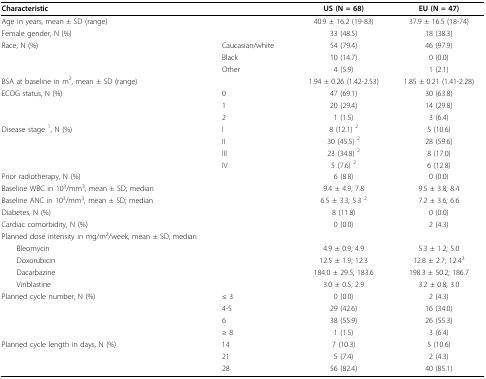
<table><thead><tr><td colspan="2"><b>Characteristic</b></td><td><b>US (N = 68)</b></td><td><b>EU (N = 47)</b></td></tr></thead><tbody><tr><td colspan="2">Age in years, mean ± SD (range)</td><td>40.9 ± 16.2 (19-83)</td><td>37.9 ± 16.5 (18-74)</td></tr><tr><td colspan="2">Female gender, N (%)</td><td>33 (48.5)</td><td>18 (38.3)</td></tr><tr><td>Race, N (%)</td><td>Caucasian/white</td><td>54 (79.4)</td><td>46 (97.9)</td></tr><tr><td></td><td>Black</td><td>10 (14.7)</td><td>0 (0.0)</td></tr><tr><td></td><td>Other</td><td>4 (5.9)</td><td>1 (2.1)</td></tr><tr><td colspan="2">BSA at baseline in m<sup>2</sup>, mean ± SD (range)</td><td>1.94 ± 0.26 (1.42-2.53)</td><td>1.85 ± 0.21 (1.41-2.28)</td></tr><tr><td>ECOG status, N (%)</td><td>0</td><td>47 (69.1)</td><td>30 (63.8)</td></tr><tr><td></td><td>1</td><td>20 (29.4)</td><td>14 (29.8)</td></tr><tr><td></td><td>2</td><td>1 (1.5)</td><td>3 (6.4)</td></tr><tr><td>Disease stage <sup>1</sup>, N (%)</td><td>I</td><td>8 (12.1) <sup>2</sup></td><td>5 (10.6)</td></tr><tr><td></td><td>II</td><td>30 (45.5) <sup>2</sup></td><td>28 (59.6)</td></tr><tr><td></td><td>III</td><td>23 (34.8) <sup>2</sup></td><td>8 (17.0)</td></tr><tr><td></td><td>IV</td><td>5 (7.6) <sup>2</sup></td><td>6 (12.8)</td></tr><tr><td colspan="2">Prior radiotherapy, N (%)</td><td>6 (8.8)</td><td>0 (0.0)</td></tr><tr><td colspan="2">Baseline WBC in 10<sup>3</sup>/mm<sup>3</sup>, mean ± SD; median</td><td>9.4 ± 4.9; 7.8</td><td>9.5 ± 3.8; 8.4</td></tr><tr><td colspan="2">Baseline ANC in 10<sup>3</sup>/mm<sup>3</sup>, mean ± SD; median</td><td>6.5 ± 3.3; 5.3 <sup>2</sup></td><td>7.2 ± 3.6; 6.6</td></tr><tr><td colspan="2">Diabetes, N (%)</td><td>8 (11.8)</td><td>0 (0.0)</td></tr><tr><td colspan="2">Cardiac comorbidity, N (%)</td><td>0 (0.0)</td><td>2 (4.3)</td></tr><tr><td>Planned dose intensity in mg/m<sup>2</sup>/week, mean ± SD; median</td><td></td><td></td><td></td></tr><tr><td> Bleomycin</td><td></td><td>4.9 ± 0.9; 4.9</td><td>5.3 ± 1.2; 5.0</td></tr><tr><td> Doxorubicin</td><td></td><td>12.5 ± 1.9; 12.3</td><td>12.8 ± 2.7; 12.4<sup>3</sup></td></tr><tr><td> Dacarbazine</td><td></td><td>184.0 ± 29.5; 183.6</td><td>198.3 ± 50.2; 186.7</td></tr><tr><td> Vinblastine</td><td></td><td>3.0 ± 0.5; 2.9</td><td>3.2 ± 0.8; 3.0</td></tr><tr><td>Planned cycle number, N (%)</td><td>≤ 3</td><td>0 (0.0)</td><td>2 (4.3)</td></tr><tr><td></td><td>4-5</td><td>29 (42.6)</td><td>16 (34.0)</td></tr><tr><td></td><td>6</td><td>38 (55.9)</td><td>26 (55.3)</td></tr><tr><td></td><td>≥ 8</td><td>1 (1.5)</td><td>3 (6.4)</td></tr><tr><td>Planned cycle length in days, N (%)</td><td>14</td><td>7 (10.3)</td><td>5 (10.6)</td></tr><tr><td></td><td>21</td><td>5 (7.4)</td><td>2 (4.3)</td></tr><tr><td></td><td>28</td><td>56 (82.4)</td><td>40 (85.1)</td></tr></tbody></table>